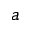
_ { a }